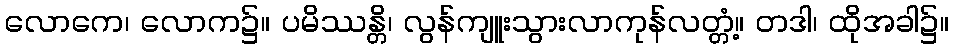
လောကေ၊ လောက၌။ ပမိဿန္တိ၊ လွန်ကျူးသွားလာကုန်လတ္တံ့။ တဒါ၊ ထိုအခါ၌။